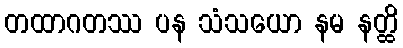
တထာဂတဿ ပန သံသယော နမ နတ္ထိ